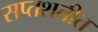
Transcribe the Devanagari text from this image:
सप्तशतीत